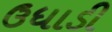
ઉધાડી